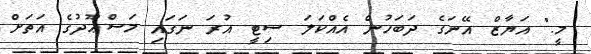
މީ." އަޔާޒް އޭނަގެ ދަބަހުން އެއްކަލަ ސިޓީ އުރަ ނަގައި މަސްޢޫދުގެ އަތަށް